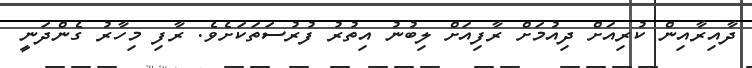
ދާއިރާއިން ކުރިއަށް ދިއުމަށް ރާފިއަށް ލިބުނު އިތުރު ފުރުސަތަކަށެވެ. ރާފި މިހާރު ގެންދަނީ